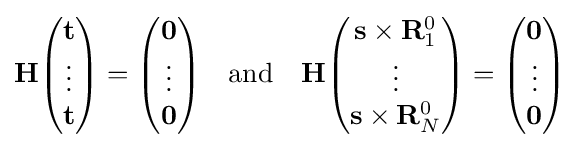
\mathbf {H} {\begin{pmatrix}\mathbf {t} \\\vdots \\\mathbf {t} \end{pmatrix}}={\begin{pmatrix}\mathbf {0} \\\vdots \\\mathbf {0} \end{pmatrix}}\quad \mathrm {and} \quad \mathbf {H} {\begin{pmatrix}\mathbf {s} \times \mathbf {R} _{1}^{0}\\\vdots \\\mathbf {s} \times \mathbf {R} _{N}^{0}\end{pmatrix}}={\begin{pmatrix}\mathbf {0} \\\vdots \\\mathbf {0} \end{pmatrix}}